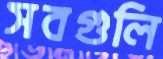
সবগুলি